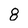
Character: 8